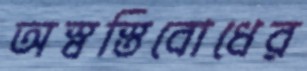
অস্বস্তিবোধের